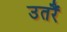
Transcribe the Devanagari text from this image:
उतरैं